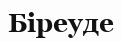
Біреуде